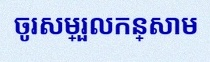
ចូរសម្រួលកន្សោម